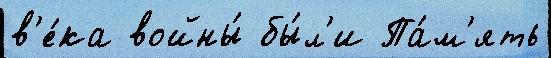
в'е́ка войны́ бы́л'и Па́м'ять